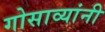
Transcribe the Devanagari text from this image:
गोसाव्यांनी